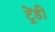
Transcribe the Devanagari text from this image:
ट्रेंडी